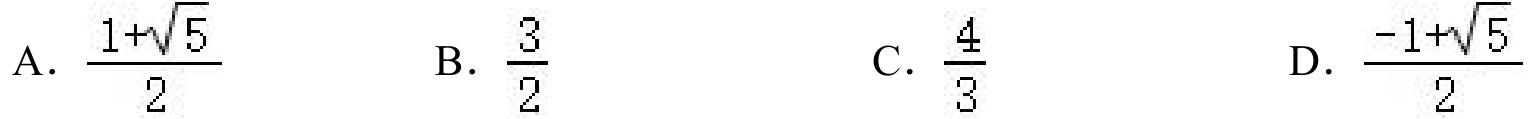
A. \(\frac{1 + \sqrt{5}}{2}\)  B. \(\frac{3}{2}\)  C. \(\frac{4}{3}\)  D. \(\frac{-1 + \sqrt{5}}{2}\)